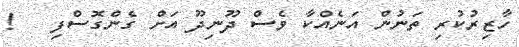
ހާޒިރުކުރި ތަނުން އަނެއްކާ ވެސް ދޫނިދޫ އަށް ގެންގޮސްފި   !